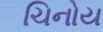
ચિનોય